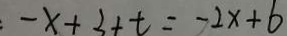
- x + 3 + t = - 2 x + 6